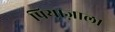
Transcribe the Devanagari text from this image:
पियाज़ाला